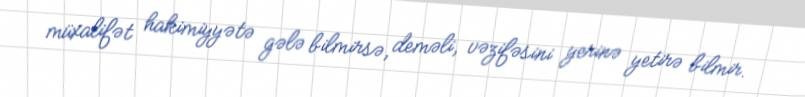
müxalifət hakimiyyətə gələ bilmirsə, deməli, vəzifəsini yerinə yetirə bilmir.